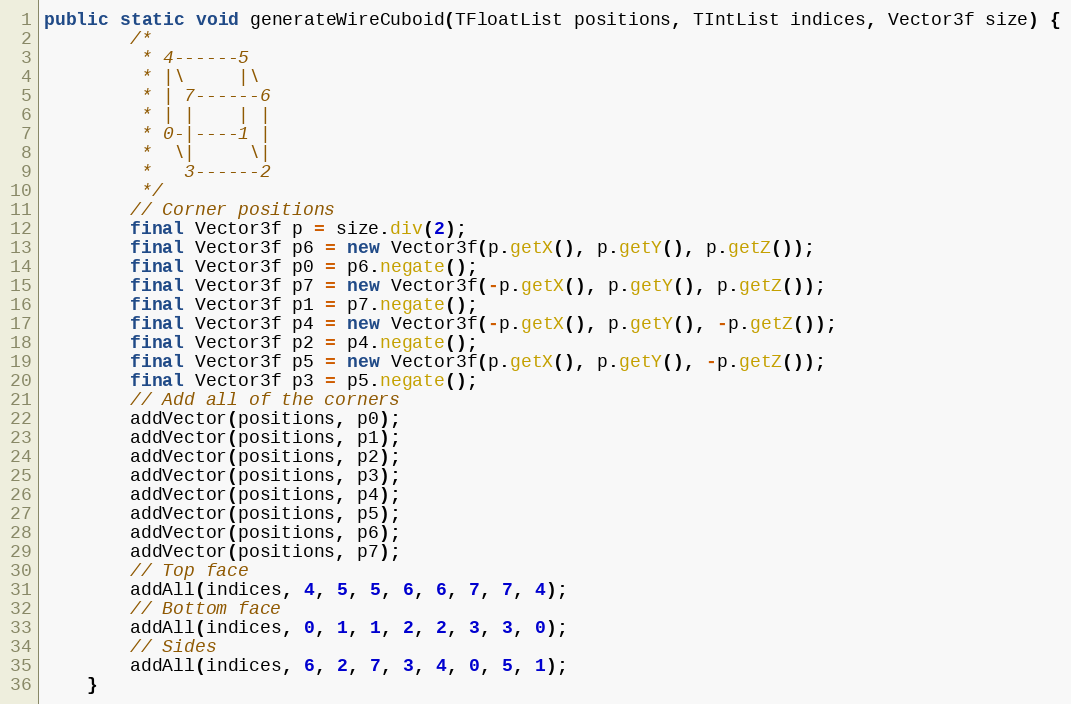
Language: Java
public static void generateWireCuboid(TFloatList positions, TIntList indices, Vector3f size) {
        /*
         * 4------5
         * |\     |\
         * | 7------6
         * | |    | |
         * 0-|----1 |
         *  \|     \|
         *   3------2
         */
        // Corner positions
        final Vector3f p = size.div(2);
        final Vector3f p6 = new Vector3f(p.getX(), p.getY(), p.getZ());
        final Vector3f p0 = p6.negate();
        final Vector3f p7 = new Vector3f(-p.getX(), p.getY(), p.getZ());
        final Vector3f p1 = p7.negate();
        final Vector3f p4 = new Vector3f(-p.getX(), p.getY(), -p.getZ());
        final Vector3f p2 = p4.negate();
        final Vector3f p5 = new Vector3f(p.getX(), p.getY(), -p.getZ());
        final Vector3f p3 = p5.negate();
        // Add all of the corners
        addVector(positions, p0);
        addVector(positions, p1);
        addVector(positions, p2);
        addVector(positions, p3);
        addVector(positions, p4);
        addVector(positions, p5);
        addVector(positions, p6);
        addVector(positions, p7);
        // Top face
        addAll(indices, 4, 5, 5, 6, 6, 7, 7, 4);
        // Bottom face
        addAll(indices, 0, 1, 1, 2, 2, 3, 3, 0);
        // Sides
        addAll(indices, 6, 2, 7, 3, 4, 0, 5, 1);
    }